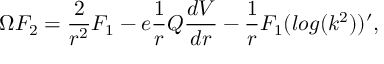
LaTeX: \Omega F _ { 2 } = \frac { 2 } { r ^ { 2 } } F _ { 1 } - e \frac { 1 } { r } Q \frac { d V } { d r } - \frac { 1 } { r } F _ { 1 } ( l o g ( k ^ { 2 } ) ) ^ { \prime } ,